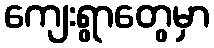
ကျေးရွာတွေမှာ